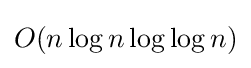
O{\mathord {\left(n\log n\log \log n\right)}}